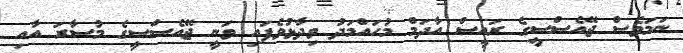
ނަމަވެސް ޖޭއެސްސީގެ ރައީސް އާދަމް މުހައްމަދު ވިދާޅުވެފައި ވަނީ ޖޭއެސްސީގެ މުސާރަ އާއި